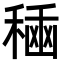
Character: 𮃘